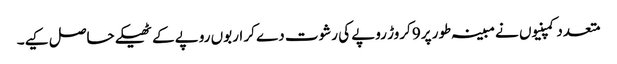
متعدد کمپنیوں نے مبینہ طور پر9 کروڑ روپے کی رشوت دے کر اربوں روپے کے ٹھیکے حاصل کیے۔